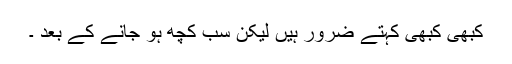
کبھی کبھی کہتے ضرور ہیں لیکن سب کچھ ہو جانے کے بعد ۔